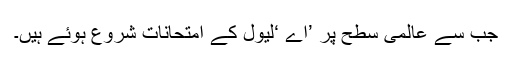
جب سے عالمی سطح پر ’اے ‘لیول کے امتحانات شروع ہوئے ہیں۔